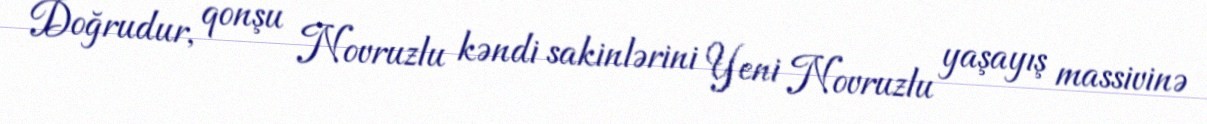
Doğrudur, qonşu Novruzlu kəndi sakinlərini Yeni Novruzlu yaşayış massivinə